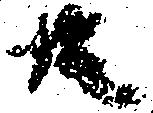
共